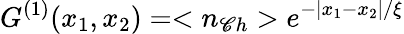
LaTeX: G^{(1)}(x_{1},x_{2})=<n_{\mathscr{C}h}>e^{-|x_{1}-x_{2}|/\xi}